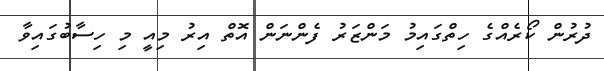
ދުރުން ކޯރެއްގެ ހިތްގައިމު މަންޒަރު ފެންނަން އޮތް އިރު މިއީ މި ހިސާބުގައިވާ